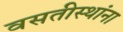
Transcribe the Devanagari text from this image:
वसतीस्थांना